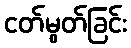
ငတ်မွတ်ခြင်း